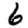
Digit: 6